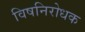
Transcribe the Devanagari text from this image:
विषनिरोधक